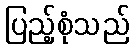
ပြည့်စုံသည်